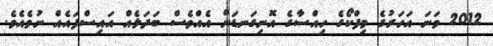
2012 ވަނަ އަހަރުގެ މިފްކޯގެ ހިއްސާގެ އޮނިގަނޑަށް އެއްވެސް ބަދަލެއް އައިސްފައެއް ނުވެއެވެ.